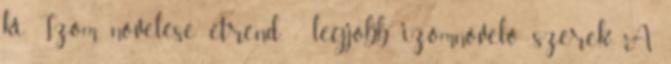
ki. Izom növelése étrend - legjobb izomnövelő szerek A